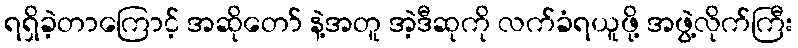
ရရှိခဲ့တာကြောင့် အဆိုတော် နဲ့အတူ အဲ့ဒီဆုကို လက်ခံရယူဖို့ အဖွဲ့လိုက်ကြီး